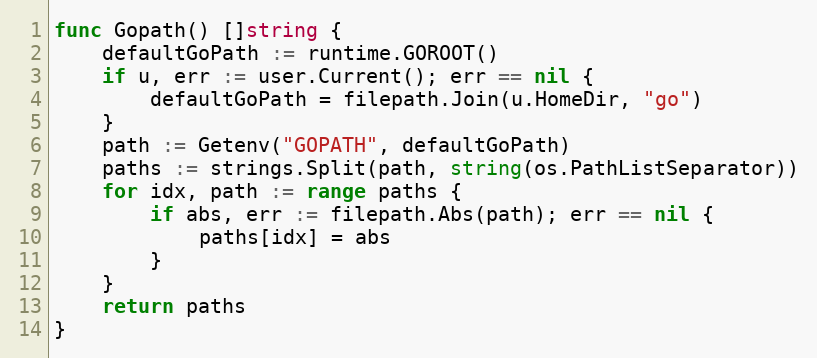
Language: Go
func Gopath() []string {
	defaultGoPath := runtime.GOROOT()
	if u, err := user.Current(); err == nil {
		defaultGoPath = filepath.Join(u.HomeDir, "go")
	}
	path := Getenv("GOPATH", defaultGoPath)
	paths := strings.Split(path, string(os.PathListSeparator))
	for idx, path := range paths {
		if abs, err := filepath.Abs(path); err == nil {
			paths[idx] = abs
		}
	}
	return paths
}